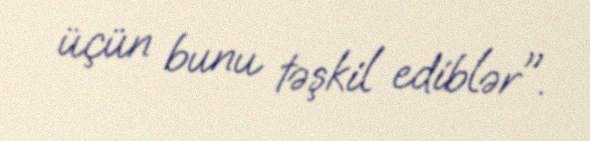
üçün bunu təşkil ediblər".